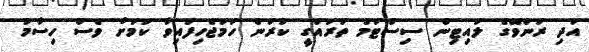
އަދި ރަންވޭގެ ލައިޓިން ސިސްޓަމް ތަރައްގީ ކުރަން ހަމަޖެހިފައިވާ ކަމަށް ވެސް ހިސާމު